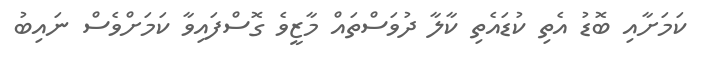
ކަމަށާއި ބޮޑު އެތި ކުޑައެތި ކާލާ ދުވަސްތައް މާޒީވެ ގޮސްފައިވާ ކަމަށްވެސް ނައިބު